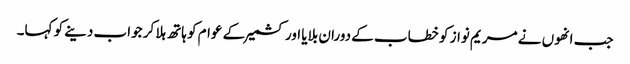
جب انھوں نے مریم نواز کو خطاب کے دوران بلایا اور کشمیر کے عوام کو ہاتھ ہلا کر جواب دینے کو کہا۔